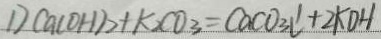
D C a ( O H ) _ { 2 } + k _ { 2 } C O _ { 3 } = C a C O _ { 3 } l ^ { \prime } + 2 K D H